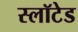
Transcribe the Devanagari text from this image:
स्लॉटेड